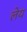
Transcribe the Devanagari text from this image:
लेय